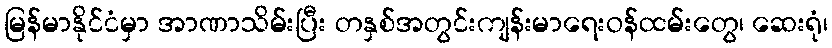
မြန်မာနိုင်ငံမှာ အာဏာသိမ်းပြီး တနှစ်အတွင်းကျန်းမာရေးဝန်ထမ်းတွေ၊ ဆေးရုံ၊